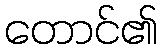
တောင်၏